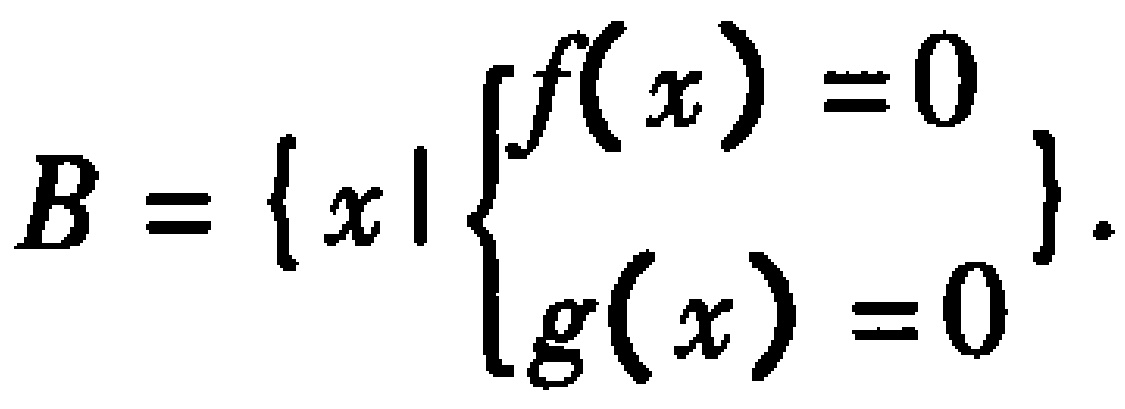
\(B = \{ x\mid \left\{\begin{array}{l}f(x)=0\\g(x)=0\end{array}\right.\}.\)